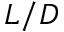
L / D